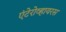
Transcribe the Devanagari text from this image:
एंटेरोव्हायरस